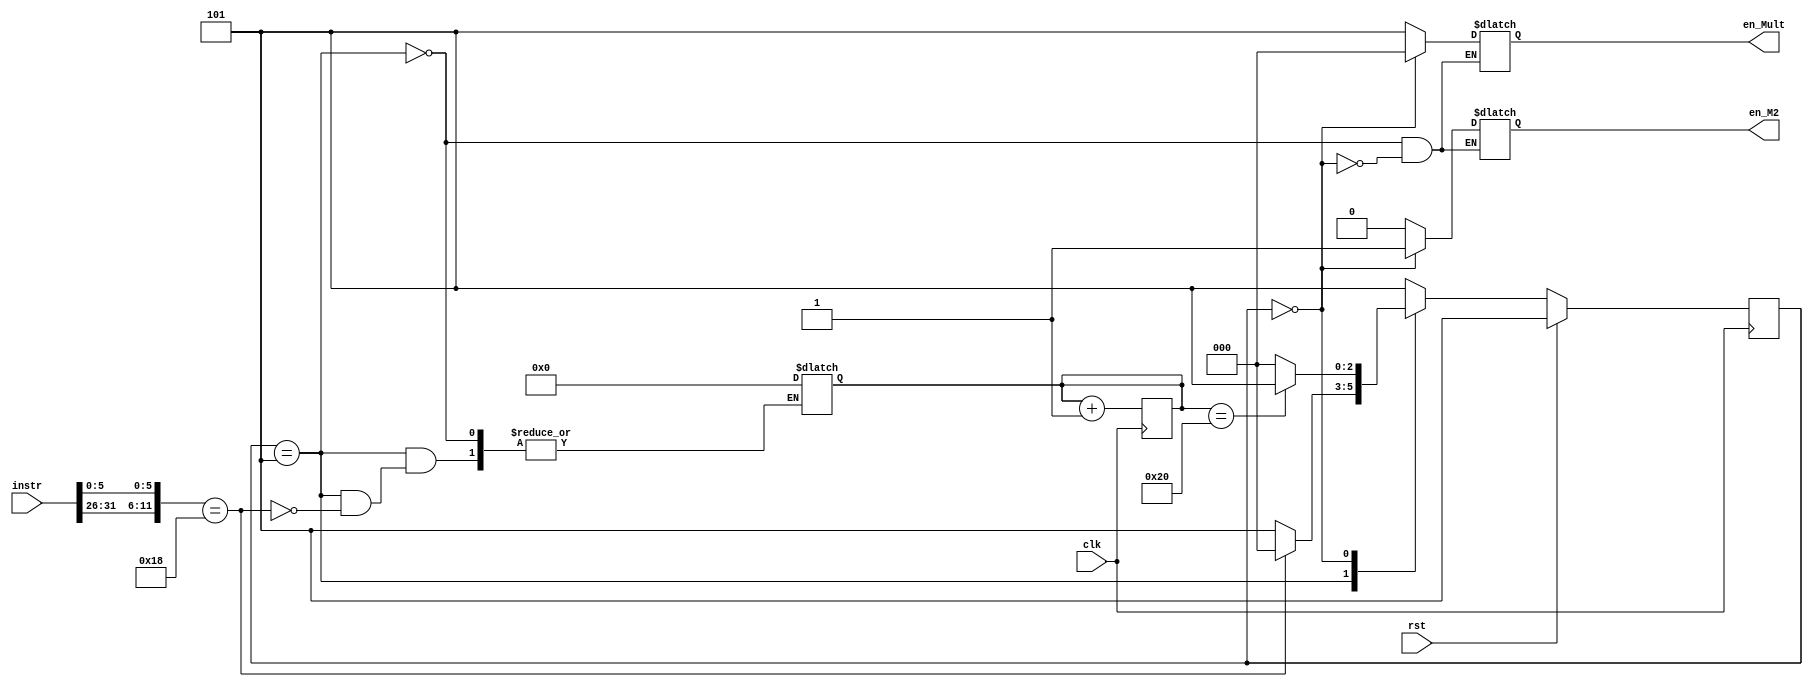

module Mult_Detection( clk, rst, instr, en_Mult, en_M2 );

input clk, rst;
input [31:0] instr;

output en_M2;
output [2:0] en_Mult;

reg en_M2;
reg [2:0] en_Mult;
reg [2:0] curr_state, next_state;
reg [5:0] counter;

parameter Free = 3'b101;
parameter Stall = 3'b000; // {en_IF, flash, en_PC}


always@ (posedge clk) begin
  if (rst) curr_state <= Free;
  else curr_state <= next_state;
  
  counter <= counter+1;
end


always@ (instr or curr_state or counter) begin
  case (curr_state)
    Free:
	begin
		if ({instr[31:26], instr[5:0]} == 12'd24)
		begin
			next_state = Stall;
			counter = 0;
		end
		else
		begin
			next_state = Free;
		end
	  
		en_Mult = Free;
		en_M2 =  1'b0 ;
    end
  
    Stall:
	begin
		if (counter == 32)
		begin
			next_state = Free;
		end
		else
		begin
			next_state = Stall;
		end
	
	
	    en_Mult = Stall;
	    en_M2 = 1'b1 ;
	end
	default: next_state = Free ;
  endcase
end


endmodule